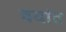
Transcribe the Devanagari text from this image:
वयांत